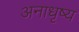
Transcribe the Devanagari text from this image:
अनाधृष्य